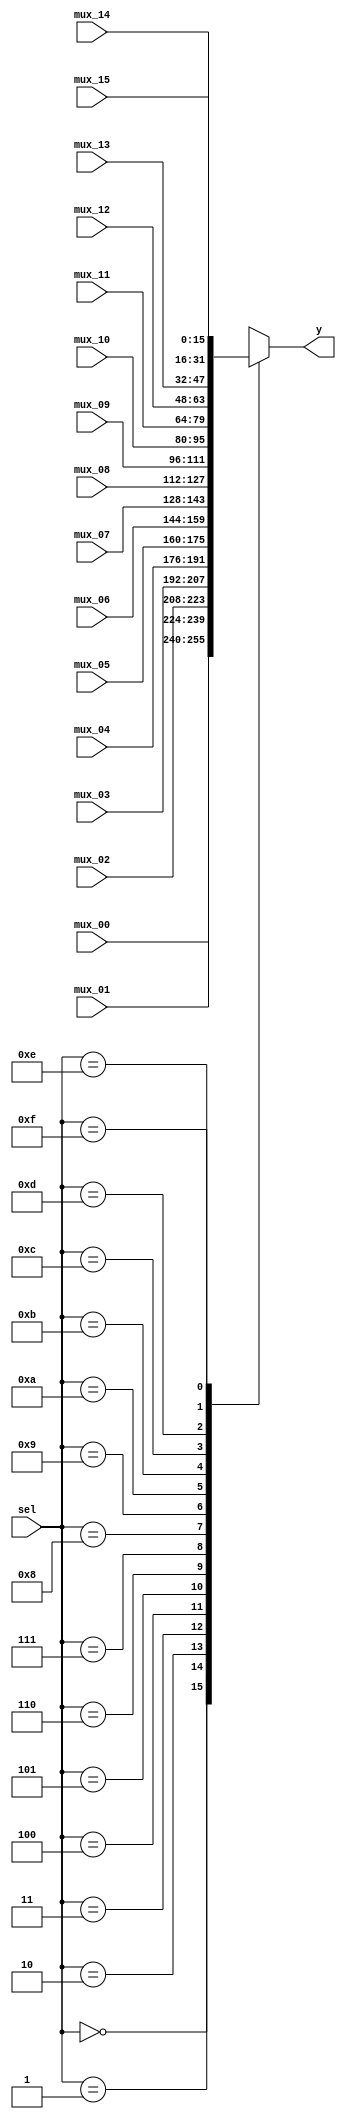
module mux4_16bit(
    mux_00,
    mux_01,
    mux_02,
    mux_03,
    mux_04,
    mux_05,
    mux_06,
    mux_07,
    mux_08,
    mux_09,
    mux_10,
    mux_11,
    mux_12,
    mux_13,
    mux_14,
    mux_15,
    y,
    sel
);

input[15:0] mux_00, mux_01, mux_02, mux_03, mux_04, mux_05, mux_06, mux_07, mux_08, mux_09, mux_10, mux_11, mux_12, mux_13, mux_14, mux_15;
input[3:0] sel;
output[15:0] y;
reg y;

always@(sel or mux_00 or mux_01 or mux_02 or mux_03 or mux_04 or mux_05 or mux_06 or mux_07 or mux_08 or mux_09 or mux_10 or mux_11 or mux_12 or mux_13 or mux_14 or mux_15)
    case (sel)
    0:
        y = mux_00;
    1:
        y = mux_01;
    2:
        y = mux_02;
    3:
        y = mux_03;
    4:
        y = mux_04;
    5:
        y = mux_05;
    6:
        y = mux_06;
    7:
        y = mux_07;
    8:
        y = mux_08;
    9:
        y = mux_09;
    10:
        y = mux_10;
    11:
        y = mux_11;
    12:
        y = mux_12;
    13:
        y = mux_13;
    14:
        y = mux_14;
    15:
        y = mux_15;
    endcase

endmodule